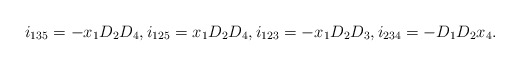
\begin{align*}i_{135}=-x_1D_2D_4,i_{125}=x_1D_2D_4,i_{123}=-x_1D_2D_3, i_{234}=-D_1D_2x_4.\end{align*}